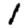
Digit: 1